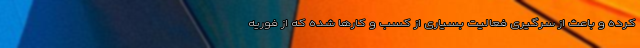
کرده و باعث از سرگیری فعالیت بسیاری از کسب و کارها شده که از فوریه